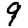
Digit: 9